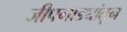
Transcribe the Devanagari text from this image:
जीपगाड्यांतून